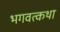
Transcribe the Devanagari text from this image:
भगवत्कथा